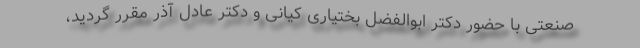
صنعتی با حضور دکتر ابوالفضل بختیاری کیانی و دکتر عادل آذر مقرر گردید،